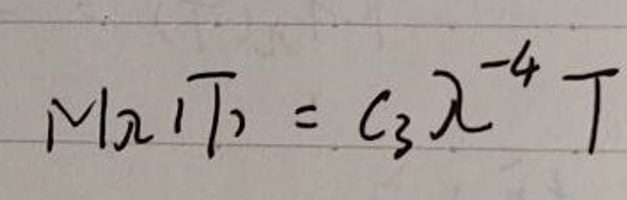
$M \lambda T = C _ { 3 } \lambda ^ { - 4 } T$